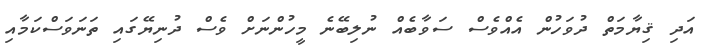
އަދި ޤިޔާމަތް ދުވަހުން އެއްވެސް ސަވާބެއް ނުލިބޭނެ މީހުންނަށް ވެސް ދުނިޔޭގައި ތަނަވަސްކަމާއި